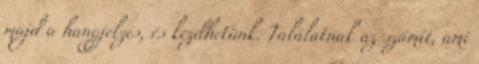
majd a hangjelzés, és kezdhetünk. Találatnak az számít, ami